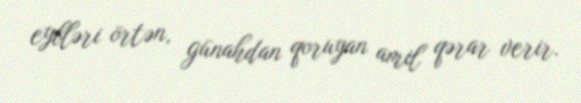
eybləri örtən, günahdan qoruyan amil qərar verir.